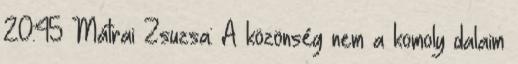
20:45 Mátrai Zsuzsa: A közönség nem a komoly dalaim